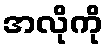
အလိုကို